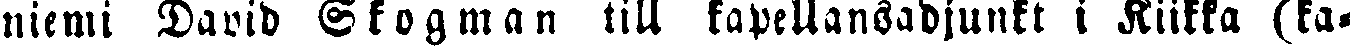
niemi David Skogman till kapellansadjunkt i Kiikka (ka-